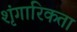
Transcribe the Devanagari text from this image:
शृंगारिकता